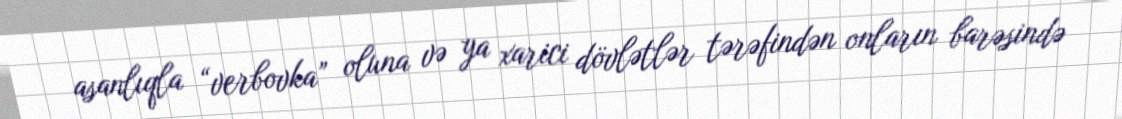
asanlıqla “verbovka” oluna və ya xarici dövlətlər tərəfindən onların barəsində